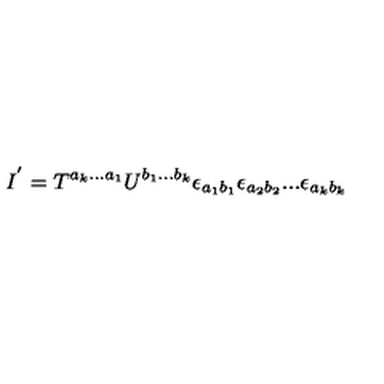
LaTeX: I ^ { ' } = T ^ { a _ { k } . . . a _ { 1 } } U ^ { b _ { 1 } . . . b _ { k } } \epsilon _ { a _ { 1 } b _ { 1 } } \epsilon _ { a _ { 2 } b _ { 2 } } . . . \epsilon _ { a _ { k } b _ { k } }